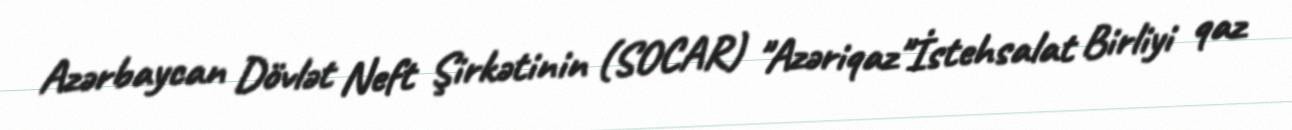
Azərbaycan Dövlət Neft Şirkətinin (SOCAR) "Azəriqaz"İstehsalat Birliyi qaz